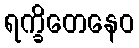
ရက္ခိတေနေဝ